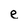
Character: e